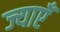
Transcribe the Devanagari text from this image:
ज्याएँ